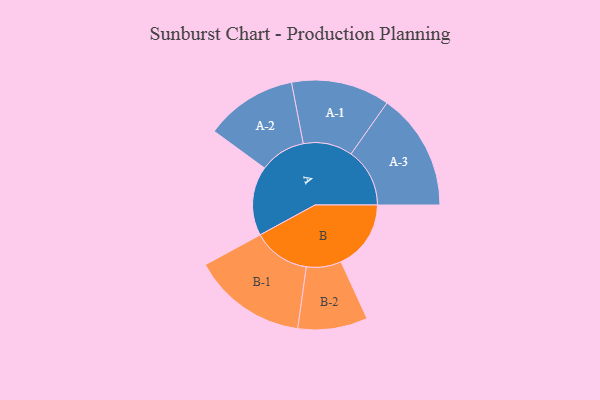
{"axis": {"x": "Segment", "y": "Value"}, "legend": ["", "A", "B"], "data": [{"x": "A", "y": 332, "type": ""}, {"x": "B", "y": 335, "type": ""}, {"x": "A-1", "y": 236, "type": "A"}, {"x": "A-2", "y": 220, "type": "A"}, {"x": "A-3", "y": 281, "type": "A"}, {"x": "B-1", "y": 274, "type": "B"}, {"x": "B-2", "y": 167, "type": "B"}]}